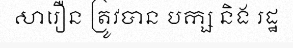
សារឿន ត្រូវបាន បក្ស និង រដ្ឋ